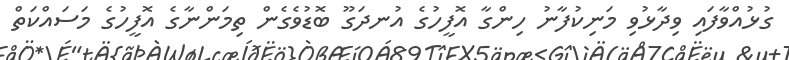
ގުޅުއްވާފައި ވިދާޅުވި މަނިކުފާނު ހިންގާ އޮފީހުގެ އުނދަގޫ ބޮޑުވެގެން ތިމަންނާގެ އޮފީހުގެ މަސައްކަތް